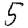
Digit: 5